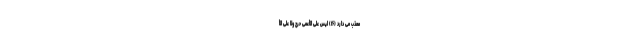
معذب مى دارد (۱۶) لَيْسَ عَلَى الْأَعْمَى حَرَجٌ وَلَا عَلَى الْأ